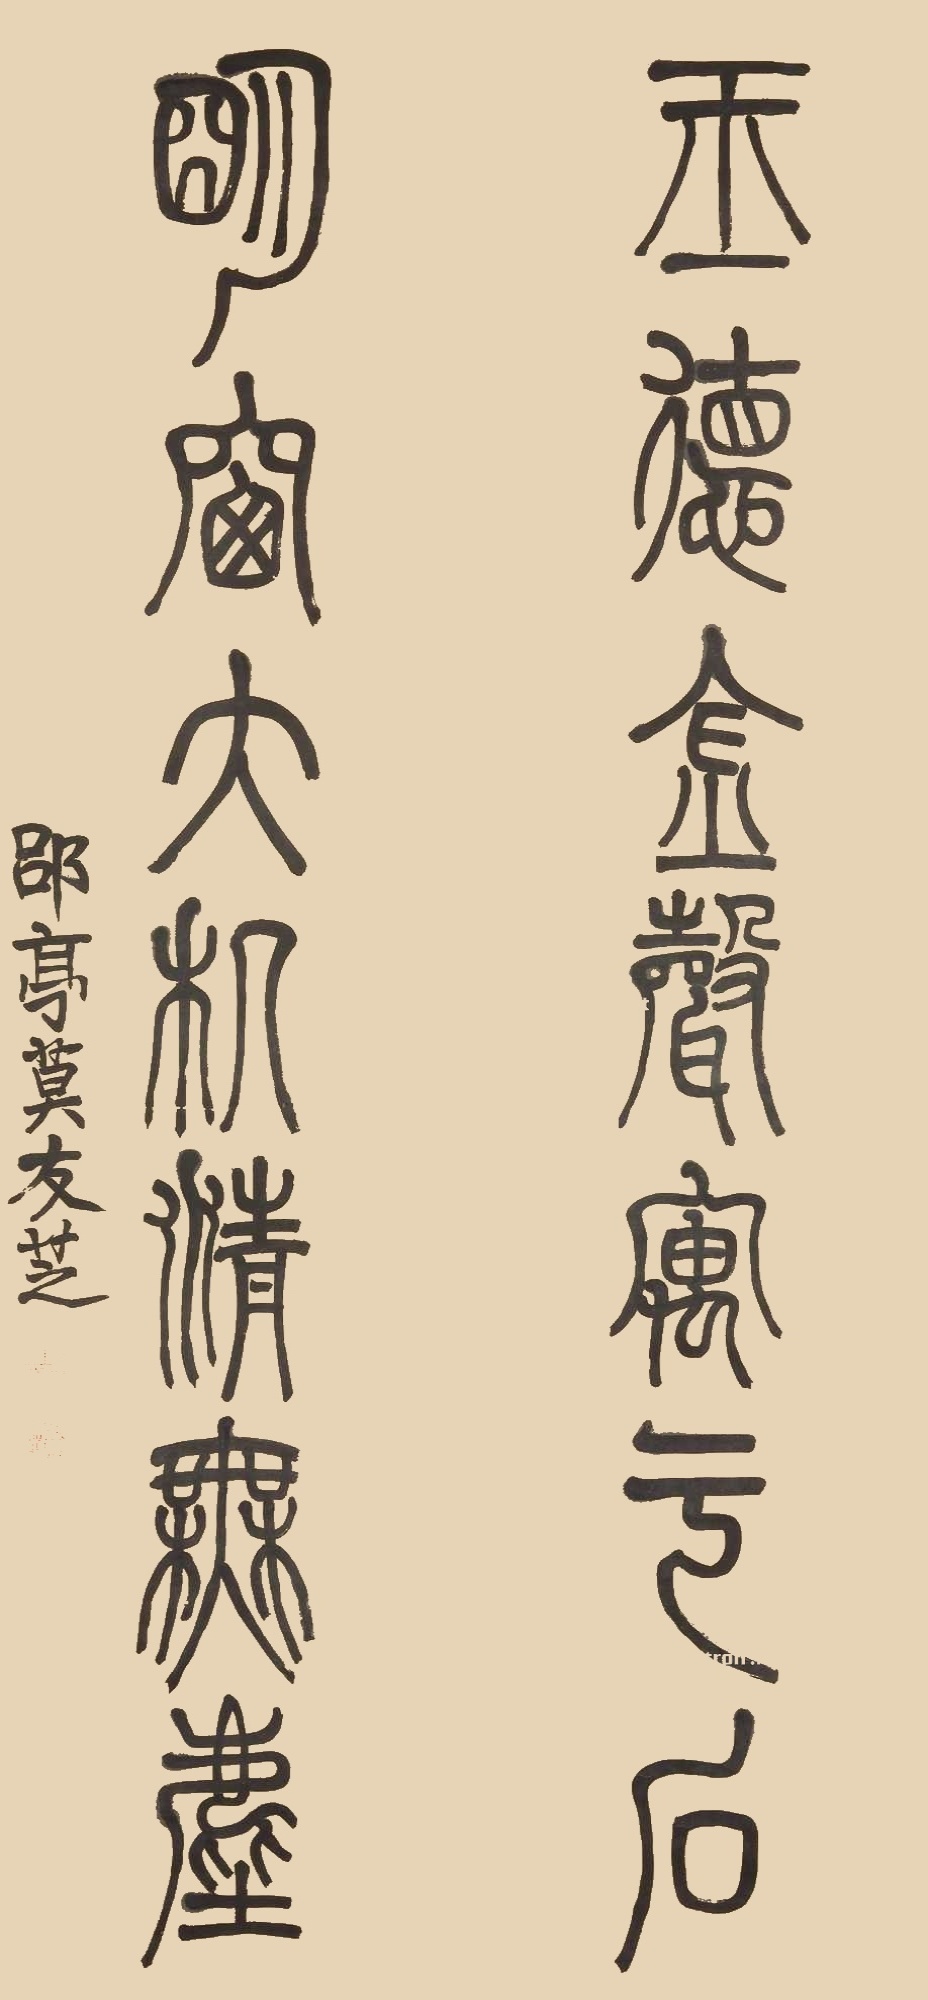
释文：玉德金声寓于石，明窗大几清无尘。郘亭莫友芝。